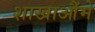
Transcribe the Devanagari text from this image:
शाखाऔंमे